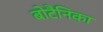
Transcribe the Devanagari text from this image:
बोटैनिका